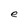
Character: e